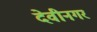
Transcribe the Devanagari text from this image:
देवीनगर